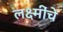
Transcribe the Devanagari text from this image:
लक्ष्मींचे